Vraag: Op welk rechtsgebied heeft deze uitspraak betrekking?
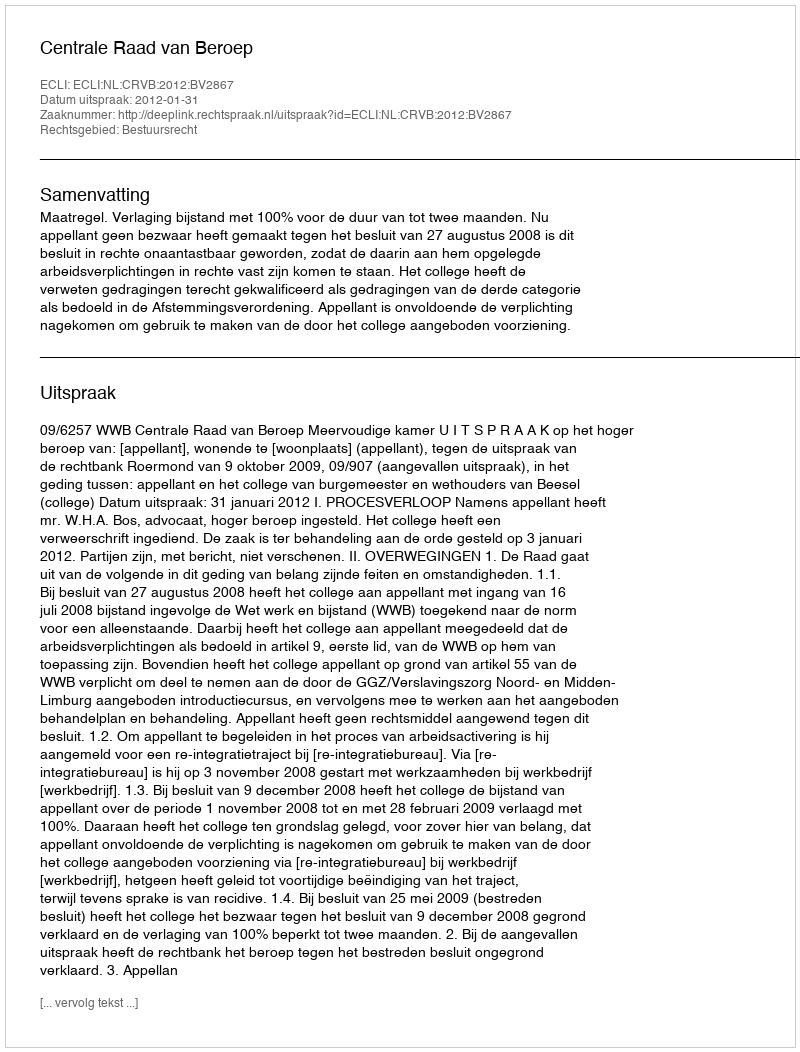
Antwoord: Bestuursrecht